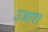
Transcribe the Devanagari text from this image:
उजारा